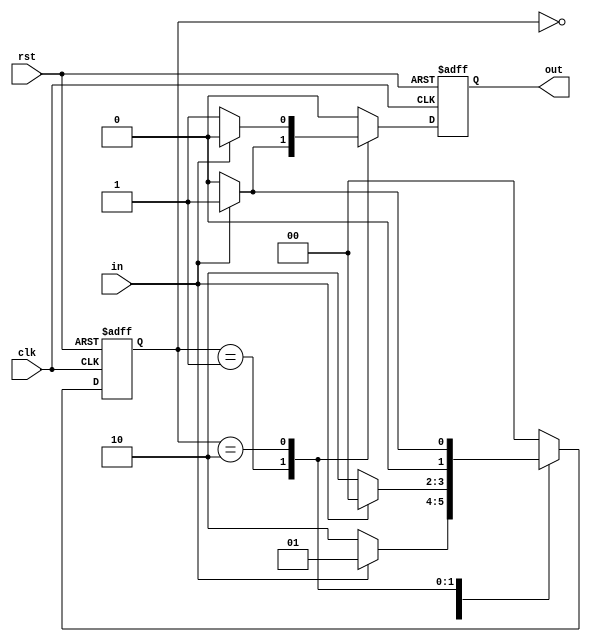
module mealy(clk,rst,in,out);
	input clk,in,rst;
	output out;
	reg out;
	reg [1:0]state;
	always@(posedge clk or posedge rst)
		begin
			if(rst)
				begin
					state<=2'b00;
					out<=1'b0;
				end
			else 
				begin
					case(state)
							2'b00:begin
							if(in) begin
							state<=2'b01;
							out=1'b0;
							end
							else begin
							state<=2'b10;
							out=1'b0;
							end
							end
							2'b01:begin
							if(in) begin
							state<=2'b00;
							out=1'b1;
							end
							else begin
							state<=2'b10;
							out=1'b0;
							end
							end
							2'b10:begin
							if(in) begin
							state<=2'b01;
							out=1'b0;
							end
							else begin
							state<=2'b00;
							out=1'b1;
							end
							end
							default:begin
							state<=2'b00;
							out<=1'b0;
							end
							
				
				
				
					endcase
				end
			
		end
endmodule